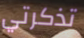
تذكرتي